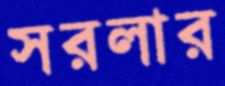
সরলার